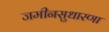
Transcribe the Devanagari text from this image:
जमीनसुधारणा